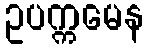
ဥပက္ကမေန